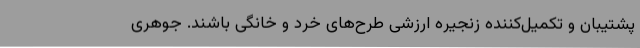
پشتیبان و تکمیل‌کننده زنجیره ارزشی طرح‌های خرد و خانگی باشند. جوهری